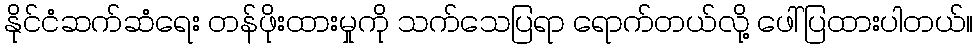
နိုင်ငံဆက်ဆံရေး တန်ဖိုးထားမှုကို သက်သေပြရာ ရောက်တယ်လို့ ဖေါ်ပြထားပါတယ်။